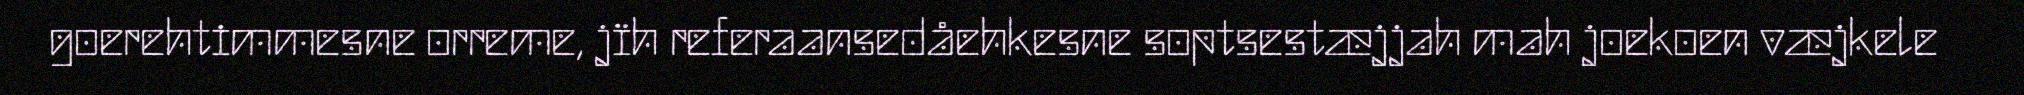
goerehtimmesne orreme, jïh referaansedåehkesne soptsestæjjah mah joekoen væjkele